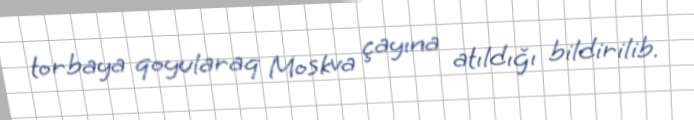
torbaya qoyularaq Moskva çayına atıldığı bildirilib.